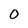
Character: 0